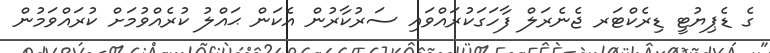
ގެ ޑެޕިޔުޓީ ޑިރެކްޓަރ ޖެނެރަލް ފާހަގަކުރައްވައި ސަރުކާރުން އެކަން ޙައްލު ކުރެއްވުމަށް ކުރައްވަމުން